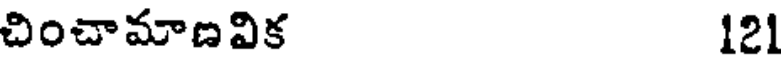
చించామాణవిక 121